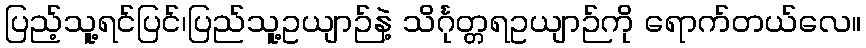
ပြည့်သူ့ရင်ပြင်၊ပြည်သူ့ဥယျာဉ်နဲ့ သိင်္ဂုတ္တရဥယျာဉ်ကို ရောက်တယ်လေ။